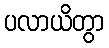
ပလာယိတွာ